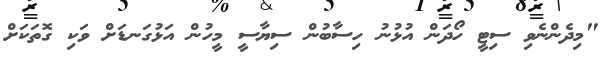
"މިދެންނެވި ސިޓީ ހޯދަން އުޅުނު ހިސާބުން ސިޔާސީ މީހުން އަޅުގަނޑަށް ވަކި ގޮތަކަށް